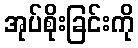
အုပ်စိုးခြင်းကို